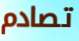
تصادم